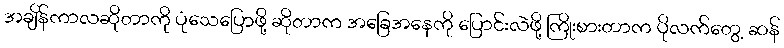
အချိန်ကာလဆိုတာကို ပုံသေပြောဖို့ ဆိုတာက အခြေအနေကို ပြောင်းလဲဖို့ ကြိုးစားတာက ပိုလက်တွေ့ ဆန်